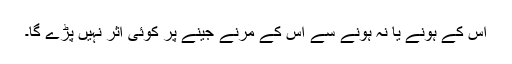
اس کے ہونے یا نہ ہونے سے اس کے مرنے جینے پر کوئی اثر نہیں پڑے گا۔